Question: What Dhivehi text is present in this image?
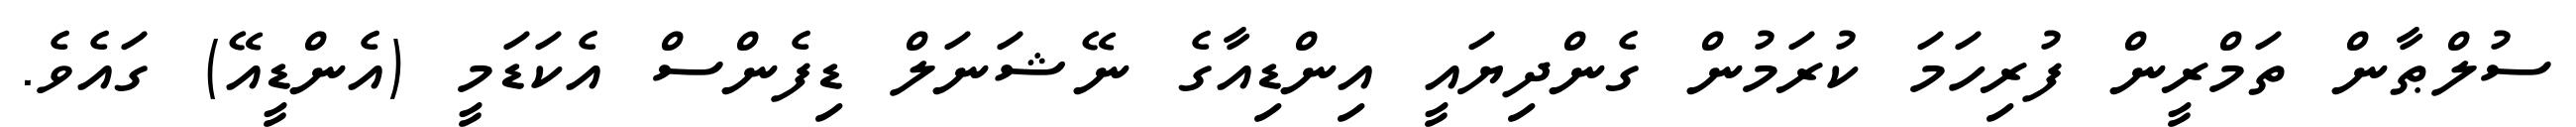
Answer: ސުލްޠާން ތަމްރީން ފުރިހަމަ ކުރަމުން ގެންދިޔައީ އިންޑިއާގެ ނޭޝަނަލް ޑިފެންސް އެކަޑަމީ (އެންޑީއޭ) ގައެވެ.